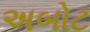
અબોટ